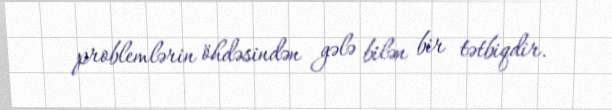
problemlərin öhdəsindən gələ bilən bir tətbiqdir.